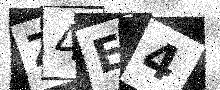
Text: Z4E4